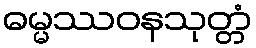
ဓမ္မဿဝနသုတ္တံ